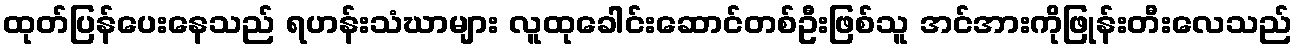
ထုတ်ပြန်ပေးနေသည် ရဟန်းသံဃာများ လူထုခေါင်းဆောင်တစ်ဦးဖြစ်သူ အင်အားကိုဖြုန်းတီးလေသည်